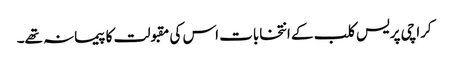
کراچی پریس کلب کے انتخابات اس کی مقبولت کا پیمانہ تھے۔